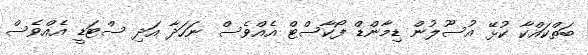
ބަތްކައްކާ ކުޅޭ އުސޫލުން ޑިމާންޑް ފޯކާސްޓް އެއްވެސް ނަހަދާ އަދި ސްޓަޑީ އެއްވެސް